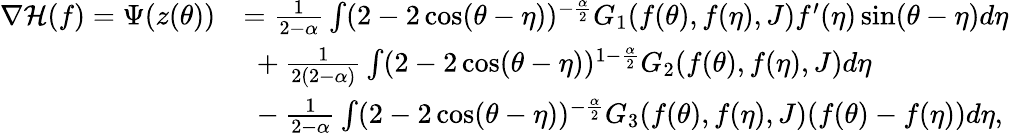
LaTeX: \begin{array}{rl}{\nabla\mathcal{H}(f)=\Psi(z(\theta))}&{=\frac{1}{2-\alpha}\int(2-2\cos(\theta-\eta))^{-\frac{\alpha}{2}}G_{1}(f(\theta),f(\eta),{J})f^{\prime}(\eta)\sin(\theta-\eta)d\eta}\\ &{\ +\frac{1}{2(2-\alpha)}\int(2-2\cos(\theta-\eta))^{1-\frac{\alpha}{2}}G_{2}(f(\theta),f(\eta),{J})d\eta}\\ &{\ -\frac{1}{2-\alpha}\int(2-2\cos(\theta-\eta))^{-\frac{\alpha}{2}}G_{3}(f(\theta),f(\eta),{J})(f(\theta)-f(\eta))d\eta,}\end{array}